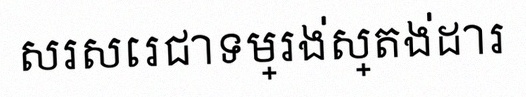
សរសេរជាទម្រង់ស្តង់ដារ